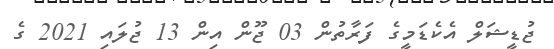
ޖުޑީޝަލް އެކެޑަމީގެ ފަރާތުން 03 ޖޫން އިން 13 ޖުލައި 2021 ގެ